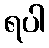
ရပါ